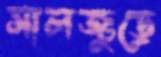
সালজুড়ে